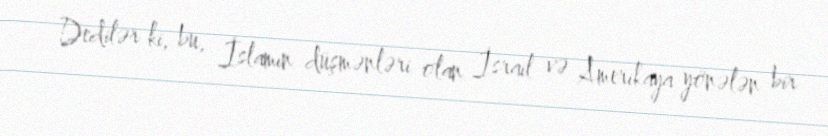
Dedilər ki, bu, İslamın düşmənləri olan İsrail və Amerikaya yönələn bir